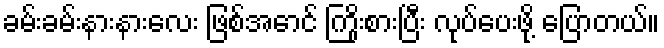
ခမ်းခမ်းနားနားလေး ဖြစ်အောင် ကြိုးစားပြီး လုပ်ပေးဖို့ ပြောတယ်။